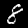
Digit: 8